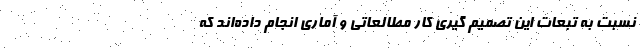
نسبت به تبعات این تصمیم گیری کار مطالعاتی و آماری انجام داده‌اند که